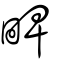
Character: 㽡